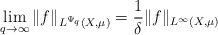
\begin{align*} \lim_{q\rightarrow \infty} \|f\|_{L^{\Psi_q}(X,\mu)} =\frac{1}{\delta}\|f\|_{L^\infty(X,\mu)}\end{align*}